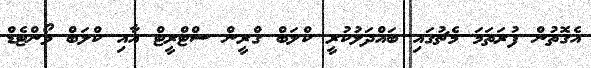
އެގޮތުން ފުރަތަމަ މެޗުގައި ބައްދަލުކުރީ ކްލަބް ގްރީން ސްޓްރީޓް އާއި ކްލަބް ވޯންޓެޑް